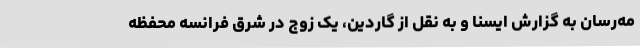
مه‌رسان به گزارش ایسنا و به نقل از گاردین، یک زوج در شرق فرانسه محفظه